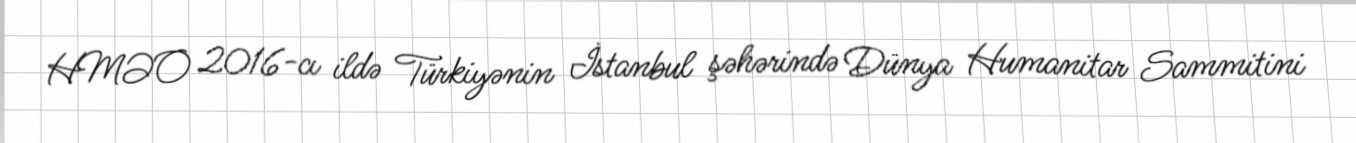
HMƏO 2016-cı ildə Türkiyənin İstanbul şəhərində Dünya Humanitar Sammitini